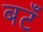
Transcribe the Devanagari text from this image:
बटँ